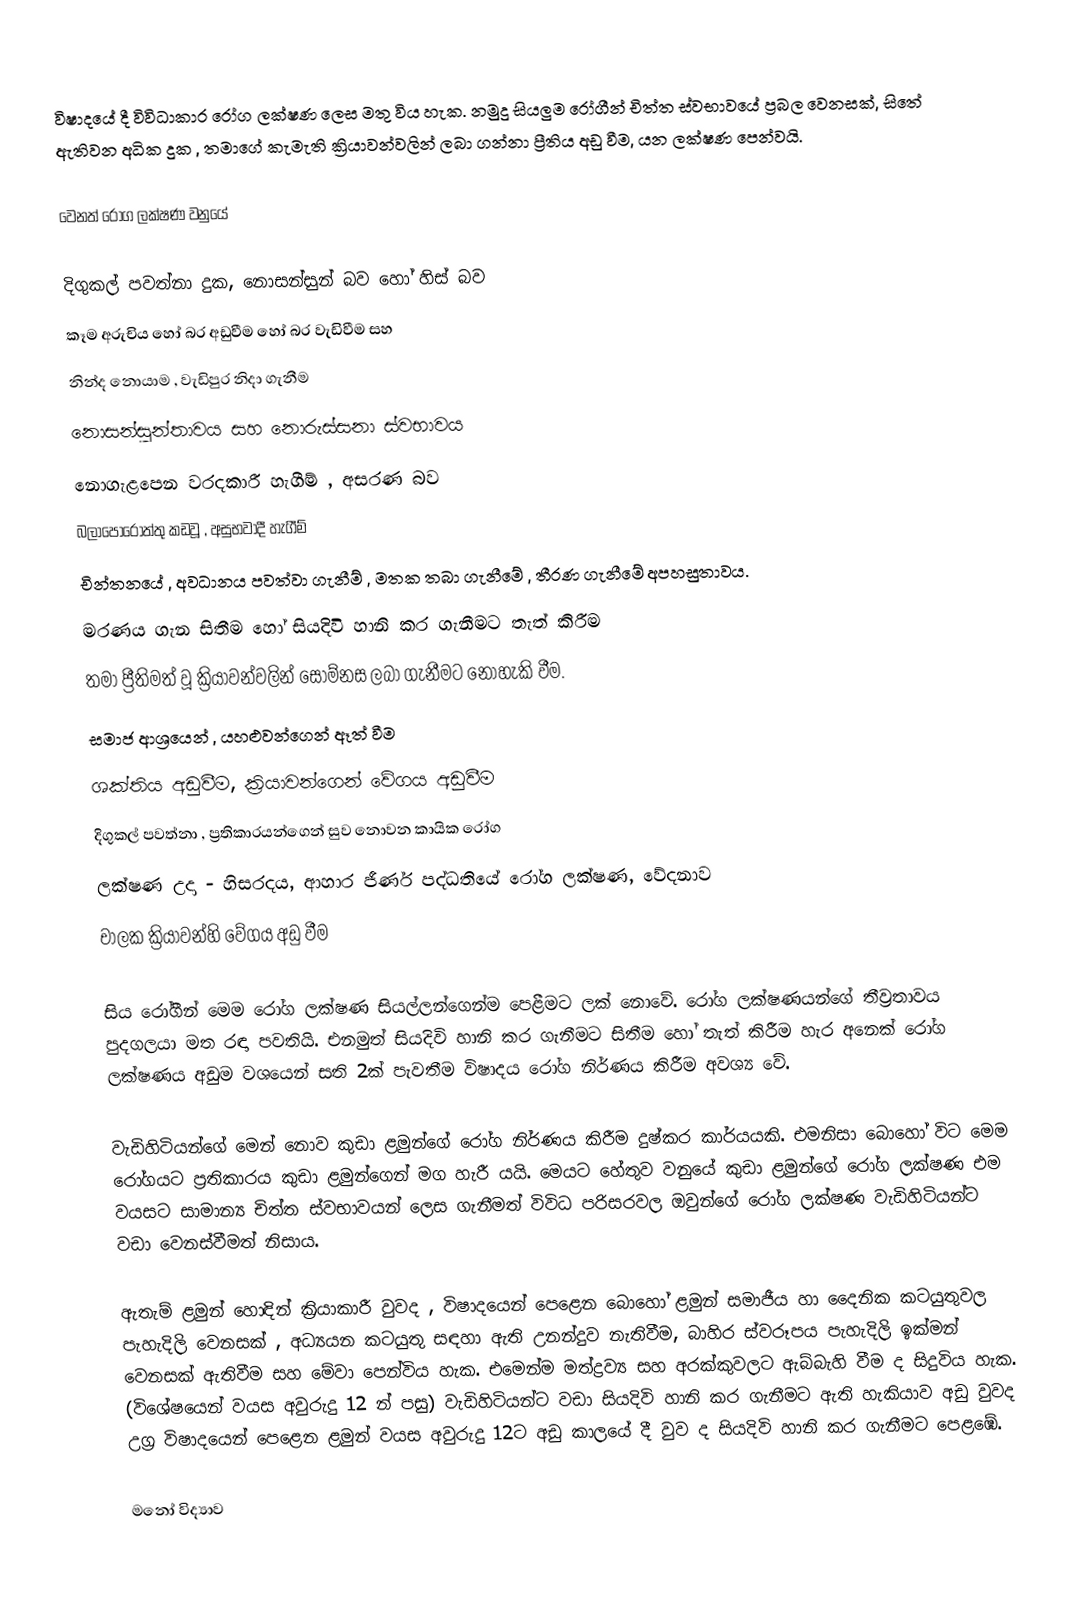
විෂාදයේ දී විවිධාකාර රෝග ලක්ෂණ ලෙස මතු විය හැක. නමුදු සියලුම රෝගීන් චිත්ත ස්වභාවයේ ප්‍රබල වෙනසක්, සිතේ ඇතිවන අධික දුක , තමාගේ කැමැති ක්‍රියාවන්වලින් ලබා ගන්නා ප්‍රීතිය අඩු වීම, යන ලක්ෂණ පෙන්වයි.

වෙනත් රෝග ලක්ෂණ වනුයේ

දිගුකල් පවත්නා දුක, නොසන්සුන් බව හෝ හිස් බව
කෑම අරුචිය හෝ බර අඩුවීම හෝ බර වැඩිවීම සහ
නින්ද නොයාම , වැඩිපුර නිදා ගැනීම
නොසන්සුන්තාවය සහ ‍නොරුස්සනා ස්වභාවය
නොගැළපෙන වරදකාරී හැගීම් , අසරණ බව
බලාපොරොත්තු කඩවූ , අසුභවාදී හැගීම්
චින්තනයේ , අවධානය පවත්වා ගැනීම් , මතක තබා ගැනීමේ , තීරණ ගැනී‍මේ අපහසුතාවය.
මරණය ගැන සිතීම හෝ සියදිවි හානි කර ගැනීමට තැත් කිරීම
තමා ප්‍රීතිමත් වූ ක්‍රියාවන්වලින් සොම්නස ලබා ගැනීමට නොහැකි වීම.
සමාජ ආශ්‍රයෙන් , යහළුවන්ගෙන් ඈත් වීම
ශක්තිය අඩුවීම, ක්‍රියාවන්ගෙන් වේගය අඩුවීම
දිගුකල් පවත්නා , ප්‍රතිකාරයන්ගෙන් සුව නොවන කායික රෝග
ලක්ෂණ උදා - හිසරදය, ආහාර ජීර්ණ පද්ධතියේ රෝග ලක්ෂණ, වේදනාව
චාලක ක්‍රියාවන්හි වේගය අඩු වීම

සිය රෝගීන් මෙම රෝග ලක්ෂණ සියල්ලන්ගෙන්ම පෙළීමට ලක් නොවේ. රෝග ලක්ෂණයන්ගේ තීව්‍රතාවය පුදගලයා මත රඳා පවතියි. එනමුත් සියදිවි හානි කර ගැනීමට සිතීම හෝ තැත් කිරීම හැර අනෙක් රෝග ලක්ෂණය අඩුම වශයෙන් සති 2ක් පැවතීම විෂාදය රෝග නිර්ණය කිරීම අවශ්‍ය වේ.

වැඩිහිටියන්ගේ ‍මෙන් නොව කුඩා ළමුන්ගේ රෝග නිර්ණය කිරීම දුෂ්කර කාර්යයකි. එමනිසා ‍බොහෝ විට මෙම රෝගයට ප්‍රතිකාරය කුඩා ළමුන්ගෙන් මග හැරී යයි. මෙයට හේතුව වනුයේ කුඩා ළමුන්ගේ රෝග ලක්ෂණ එම වයසට සාමාන්‍ය චිත්ත ස්වභාවයන් ලෙස ගැනීමත් විවිධ පරිසරවල ඔවු‍න්ගේ රෝග ලක්ෂණ වැඩිහිටියන්ට වඩා වෙනස්වීමත් නිසාය.

ඇතැම් ළමුන් හොඳින් ක්‍රියාකාරී වුවද , විෂාදයෙන් පෙළෙන බොහෝ ළමුන් සමාජීය හා දෛනික කටයුතුවල පැහැදිලි වෙනසක් , අධ්‍යයන කටයුතු සඳහා ඇති උනන්දුව නැතිවීම, බාහිර ස්වරූපය පැහැදිලි ඉක්මන් වෙනසක් ඇතිවීම සහ මේවා පෙන්විය හැක. එමෙන්ම මත්ද්‍රව්‍ය සහ අරක්කුවලට ඇබ්බැහි වීම ද සිදුවිය හැක. (විශේෂයෙන් වයස අවුරුදු 12 න් පසු) වැඩිහිටියන්ට වඩා සියදිවි හානි කර ගැනීමට ඇති හැකියාව අඩු වුවද උග්‍ර විෂාදයෙන් පෙළෙන ළමුන් වයස අවුරුදු 12ට අඩු කාලයේ දී වුව ද සියදිවි හානි කර ගැනීමට පෙළඹේ.

මනෝ විද්‍යාව